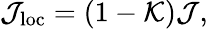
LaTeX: \begin{array}{r}{\mathcal{J}_{\mathrm{loc}}=\left(1-\mathcal{K}\right)\mathcal{J},}\end{array}